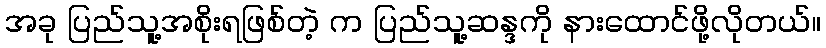
အခု ပြည်သူ့အစိုးရဖြစ်တဲ့ က ပြည်သူ့ဆန္ဒကို နားထောင်ဖို့လိုတယ်။